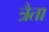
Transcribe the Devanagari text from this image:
त्रैता